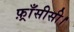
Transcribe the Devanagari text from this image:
फ़्राँसीसी।